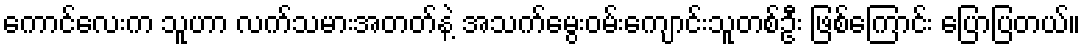
ကောင်လေးက သူဟာ လက်သမားအတတ်နဲ့ အသက်မွေးဝမ်းကျောင်းသူတစ်ဦး ဖြစ်ကြောင်း ပြောပြတယ်။